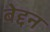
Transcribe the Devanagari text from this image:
बेद्दन